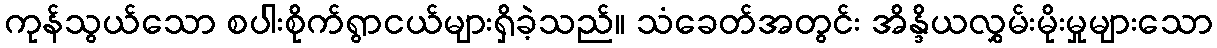
ကုန်သွယ်သော စပါးစိုက်ရွာငယ်များရှိခဲ့သည်။ သံခေတ်အတွင်း အိန္ဒိယလွှမ်းမိုးမှုများသော